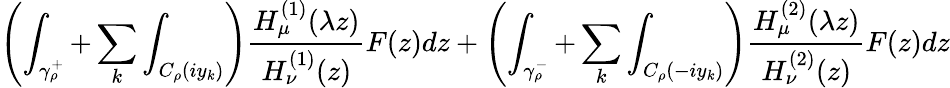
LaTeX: \left(\int_{\gamma_{\rho}^{+}}+\sum_{k}\int_{C_{\rho}(iy_{k})}\right)\frac{H_{\mu}^{(1)}(\lambda z)}{H_{\nu}^{(1)}(z)}F(z)dz+\left(\int_{\gamma_{\rho}^{-}}+\sum_{k}\int_{C_{\rho}(-iy_{k})}\right)\frac{H_{\mu}^{(2)}(\lambda z)}{H_{\nu}^{(2)}(z)}F(z)dz